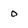
Character: 0